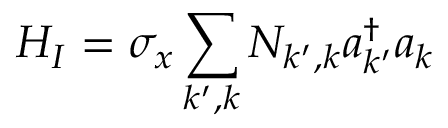
H _ { I } = \sigma _ { x } \sum _ { k ^ { \prime } , k } N _ { k ^ { \prime } , k } a _ { k ^ { \prime } } ^ { \dagger } a _ { k }